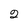
Character: 2